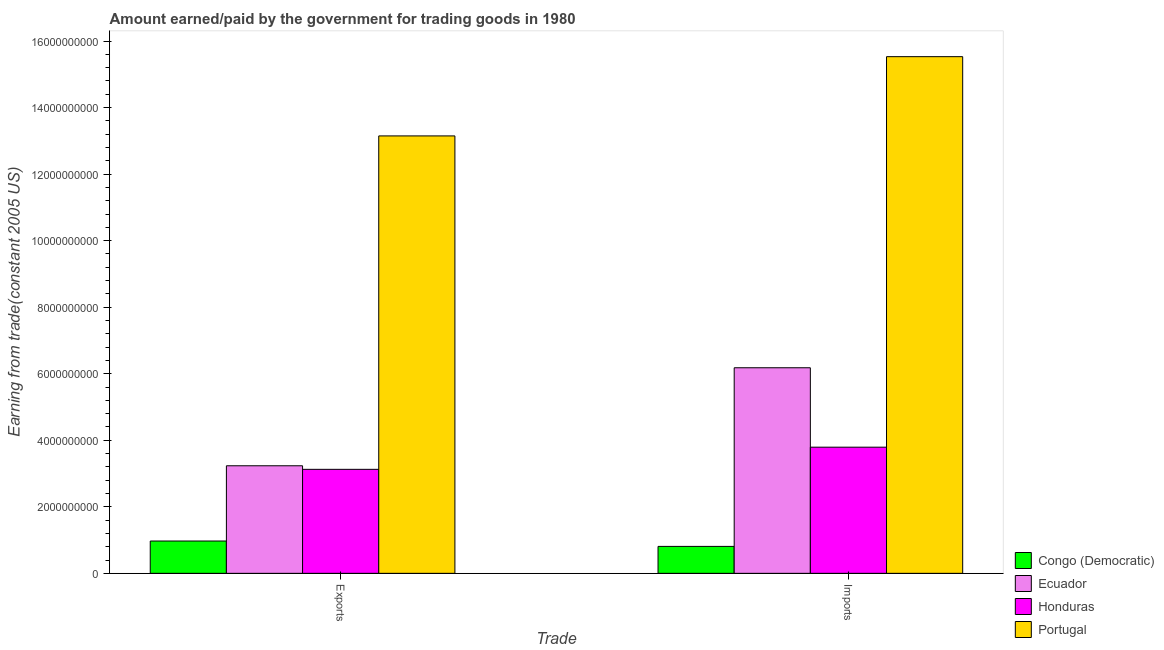
| Trade | Congo (Democratic) | Ecuador | Honduras | Portugal |
 | --- | --- | --- | --- | --- |
 | Exports | 9.71e+08 | 3.23e+09 | 3.13e+09 | 1.31e+10 |
 | Imports | 8.1e+08 | 6.18e+09 | 3.79e+09 | 1.55e+10 |